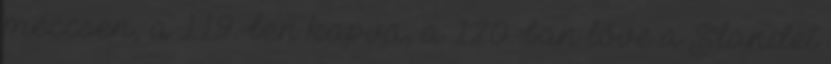
meccsen, a 119.-ben kapva, a 120.-ban lőve a S'landet